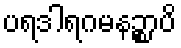
ပရဒါရဂမနဉ္စာပိ